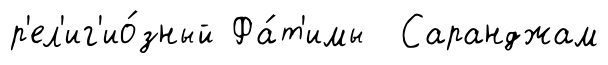
р'ел'иг'ио́зный Фа́т'имы Саранджам